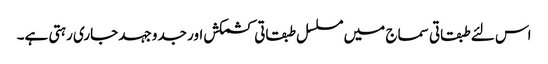
اس لئے طبقاتی سماج میں مسلسل طبقاتی کشمکش اور جدوجہد جاری رہتی ہے۔